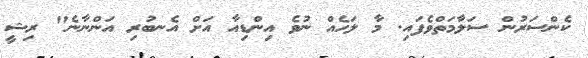
ކެންސަރުން ސަލާމަތްވެފައި. މާ ލަހެއް ނުވެ އިންޑިއާ އަށް އެނބުރި އަންނާނެ" ރިޝީ